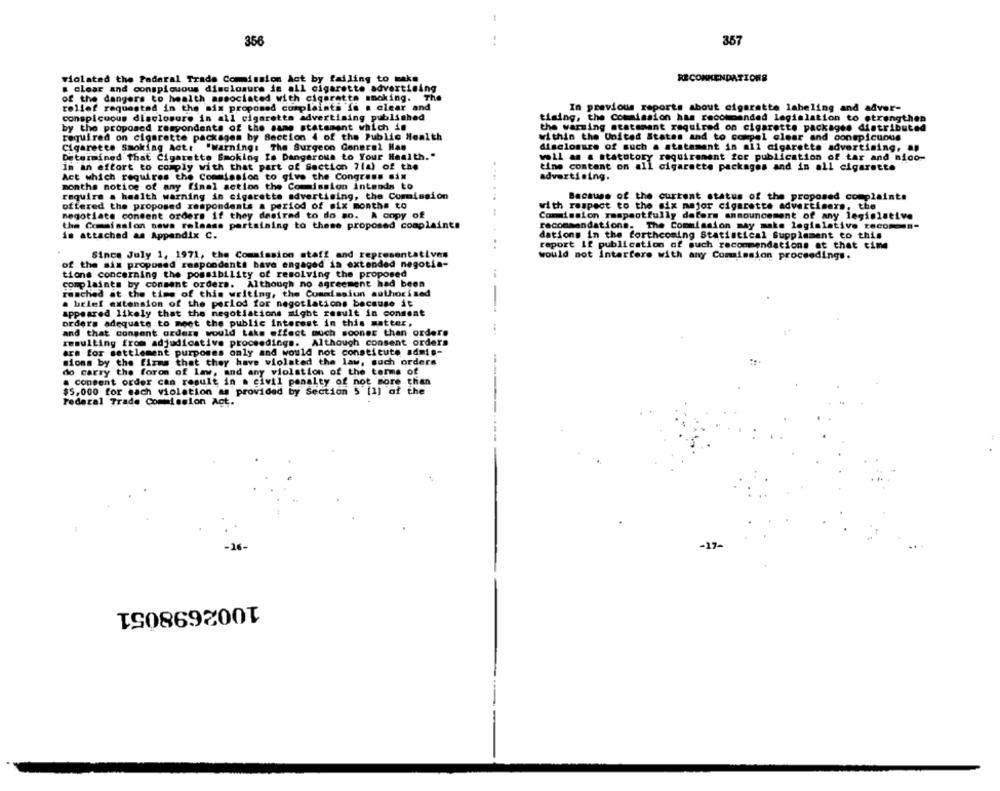
356
367
violated the Federal Trade Commission Act by failing to make
RECOMMENDATIONS
& clear and conspicuous disclosure in all cigarette advertising
of the dangers to health associated with cigarette smoking. The
relief requested in the mix propomed complaints fa a clear and
In previous reports about cigarette labeling and adver-
conspicuous disclosure in all cigaretta advertising published
timing, the Commission has recommended legislation to strengthen
by the proposed respondents of the same statement which in
the warming statement required on cigarette packages distributed
required on cigarette packages by Section 4 of the Public Health
within the United States and to compel clear and conspicuous
Cigarette Smoking Act: "warning: The Surgeon General Han
disclosure of such a statement in all cigarette advertising, aş
Determined That Cigarette Smoking Is Dangerous to Your Health."
well as a statutory requirement for publication of tar and mico-
Im an effort to comply with that part of Section 7(a) of the
tine content on all cigarette packages and in all cigarette
Act which requires the Commission to give the Congress six
advertising.
months notice of any final action the Commission intends to
require a health warning in cigarette advertising, the Commission
Because of the current status of the proposed complaints
offered the proposed respondents a period of six months to
with respect to the six major cigarette advertisers, the
negotiate consent orders if they desired to do so. A copy of
Commission respectfully daters announcement of any legislative
the Commission news release pertaining to these proposed complaints
recommandations.
The Commission may make legislative recomen"
in attached as Appendix C.
dations in the forthcoming Statistical Supplement to this
raport if publication of such recommendations at that time
Since July 1, 1971, the Commission staff and representatives
..........
would not Interfere with any Commission proceedings.
of the sim proposed respondents have engaged in extended negotia-
tions concerning the possibility of resolving the proposed
complaints by consent orders. Although no agreement had been
reached at the time of this writing, the Cuantasiun authorised
a brief extension of the period for negotiations because it
appeared likely that the negotiations might result in consent
orders adequate to meet the public interest in this matter,
and that consent orders would take effect much sooner than orders
resulting from adjudicative proceedings. Although consent orders
ara for settlement purposes only and would not constitute admis-
sions by the firms that they have violated the law, such orders
do carry the forom of law, and any violation of the terms of
. consent order can result in a civil penalty of not more than
$5,000 for each violation as provided by Section 5 [1] of the
Federal Trade Commission Act.
-16-
-17-
1002698051